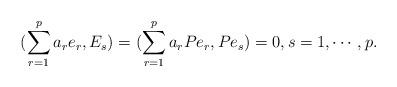
LaTeX: \begin{align*} ( \sum_{r=1}^pa_re_r, E_s) = ( \sum_{r=1}^pa_rPe_r, Pe_s) =0, s=1, \cdots, p .\end{align*}